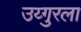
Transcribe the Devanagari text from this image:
उय्गुरला